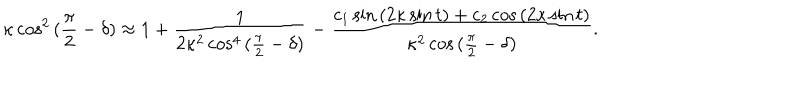
\kappa \cos ^ { 2 } { ( \frac { \pi } { 2 } - \delta ) } \approx 1 + \frac { 1 } { 2 \kappa ^ { 2 } \cos ^ { 4 } { ( \frac { \pi } { 2 } - \delta ) } } - \frac { c _ { 1 } \sin { ( 2 \kappa \sin { t } ) } + c _ { 2 } \cos { ( 2 \kappa \sin { t } ) } } { \kappa ^ { 2 } \cos { ( \frac { \pi } { 2 } - \delta ) } } .